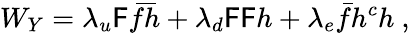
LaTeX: W_{Y}=\lambda_{u}\mathsf{F}\bar{{f}}\bar{{h}}+\lambda_{d}\mathsf{F}\mathsf{F}h+\lambda_{e}\bar{{f}}h^{c}h\ ,